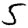
Digit: 5